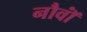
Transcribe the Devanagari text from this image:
नौवॉं